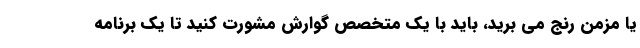
یا مزمن رنج می برید، باید با یک متخصص گوارش مشورت کنید تا یک برنامه